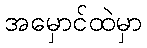
အမှောင်ထဲမှာ